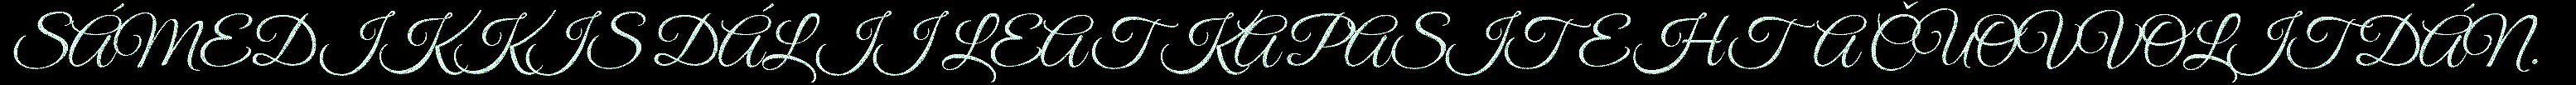
SÁMEDIKKIS DÁL II LEAT KAPASITEHTA ČUOVVOLIT DÁN.